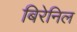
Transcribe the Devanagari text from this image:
बिरेनिल